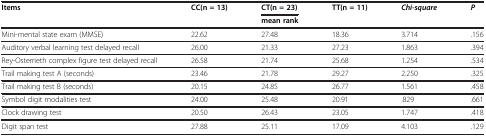
<table><thead><tr><td><b>Items</b></td><td><b>CC(n = 13)</b></td><td><b>CT(n = 23)</b></td><td><b>TT(n = 11)</b></td><td><b><i>Chi-square</i></b></td><td><b><i>P</i></b></td></tr><tr><td><b> </b></td><td><b> </b></td><td><b>mean rank</b></td><td><b> </b></td><td><b> </b></td><td><b> </b></td></tr></thead><tbody><tr><td>Mini-mental state exam (MMSE)</td><td>22.62</td><td>27.48</td><td>18.36</td><td>3.714</td><td>.156</td></tr><tr><td>Auditory verbal learning test delayed recall</td><td>26.00</td><td>21.33</td><td>27.23</td><td>1.863</td><td>.394</td></tr><tr><td>Rey-Osterrieth complex figure test delayed recall</td><td>26.58</td><td>21.74</td><td>25.68</td><td>1.254</td><td>.534</td></tr><tr><td>Trail making test A (seconds)</td><td>23.46</td><td>21.78</td><td>29.27</td><td>2.250</td><td>.325</td></tr><tr><td>Trail making test B (seconds)</td><td>20.15</td><td>24.85</td><td>26.77</td><td>1.561</td><td>.458</td></tr><tr><td>Symbol digit modalities test</td><td>24.00</td><td>25.48</td><td>20.91</td><td>.829</td><td>.661</td></tr><tr><td>Clock drawing test</td><td>20.50</td><td>26.43</td><td>23.05</td><td>1.747</td><td>.418</td></tr><tr><td>Digit span test</td><td>27.88</td><td>25.11</td><td>17.09</td><td>4.103</td><td>.129</td></tr></tbody></table>